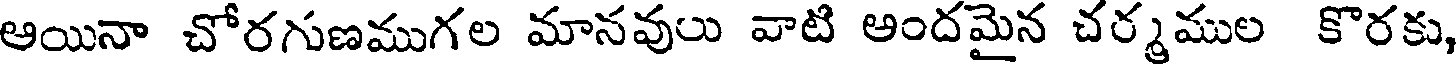
ఆయినా చోరగుణముగల మానవులు వాటి అందమైన చర్మముల కొరకు,